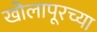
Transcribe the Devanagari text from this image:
खोलापूरच्या